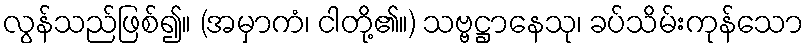
လွန်သည်ဖြစ်၍။ (အမှာကံ၊ ငါတို့၏။) သဗ္ဗဋ္ဌာနေသု၊ ခပ်သိမ်းကုန်သော